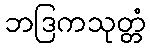
ဘဒြကသုတ္တံ